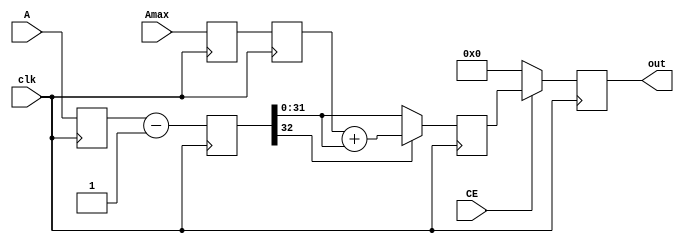
module ad_addsub (
  clk,
  A,
  Amax,
  out,
  CE
);

  // parameters

  parameter   A_DATA_WIDTH = 32;
  parameter   B_DATA_VALUE = 32'h1;
  parameter   ADD_OR_SUB_N = 0;

  localparam  ADDER = 1;
  localparam  SUBSTRACTER = 0;

  // I/O definitions

  input                     clk;
  input   [(A_DATA_WIDTH-1):0]   A;
  input   [(A_DATA_WIDTH-1):0]   Amax;
  output  [(A_DATA_WIDTH-1):0]   out;
  input                     CE;

  // registers

  reg     [(A_DATA_WIDTH-1):0]   out = 'b0;
  reg     [A_DATA_WIDTH:0]       out_d = 'b0;
  reg     [A_DATA_WIDTH:0]       out_d2 = 'b0;
  reg     [(A_DATA_WIDTH-1):0]   A_d = 'b0;
  reg     [(A_DATA_WIDTH-1):0]   A_d2 = 'b0;
  reg     [(A_DATA_WIDTH-1):0]   Amax_d = 'b0;
  reg     [(A_DATA_WIDTH-1):0]   Amax_d2 = 'b0;

  // constant regs

  reg     [(A_DATA_WIDTH-1):0]   B_reg = B_DATA_VALUE;

  // latch the inputs

  always @(posedge clk) begin
      A_d <= A;
      A_d2 <= A_d;
      Amax_d <= Amax;
      Amax_d2 <= Amax_d;
  end

  // ADDER/SUBSTRACTER

  always @(posedge clk) begin
    if ( ADD_OR_SUB_N == ADDER ) begin
      out_d <= A_d + B_reg;
    end else begin
      out_d <= A_d - B_reg;
    end
  end

  // Resolve

  always @(posedge clk) begin
    if ( ADD_OR_SUB_N == ADDER ) begin
      if ( out_d > Amax_d2 ) begin
        out_d2 <= out_d - Amax_d2;
      end else begin
        out_d2 <= out_d;
      end
    end else begin // SUBSTRACTER
      if ( out_d[A_DATA_WIDTH] == 1'b1 ) begin
        out_d2 <= Amax_d2 + out_d;
      end else begin
        out_d2 <= out_d;
      end
    end
  end

  // output logic

  always @(posedge clk) begin
    if ( CE ) begin
      out <= out_d2;
    end else begin
      out <= 'b0;
    end
  end

endmodule